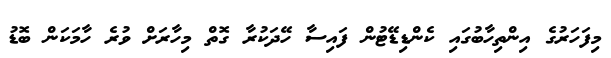
މިފަހަރުގެ އިންތިހާބުގައި ކެންޑިޑޭޓުން ފައިސާ ހޭދަކުރާ ގޮތް މިހާރަށް ވުރެ ހާމަކަން ބޮޑު